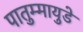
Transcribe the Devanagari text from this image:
पातुम्मायुडे